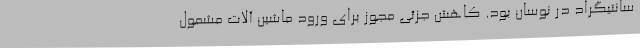
سانتیگراد در نوسان بود. کاهش جزئی مجوز برای ورود ماشین آلات مشمول